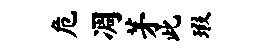
危凋茅此瑕